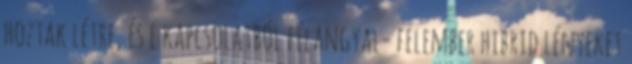
hoztak létre, és e kapcsolatból félangyal- félember hibrid lényeket